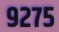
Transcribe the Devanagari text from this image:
९२७५